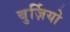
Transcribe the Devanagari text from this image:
बुर्ज़ियो